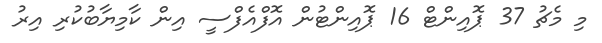
މި މެޗު 37 ޕޮއިންޓް 16 ޕޮއިންޓުން އޮފްއެފްސީ އިން ކާމިޔާބުކުރި އިރު